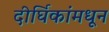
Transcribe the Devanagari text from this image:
दीर्घिकांमधून